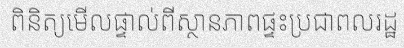
ពិនិត្យមើលផ្ទាល់ពីស្ថានភាពផ្ទះប្រជាពលរដ្ឋ